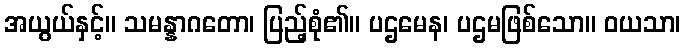
အယွယ်နှင့်။ သမန္နာဂတော၊ ပြည့်စုံ၏။ ပဌမေန၊ ပဌမဖြစ်သော။ ဝယသာ၊